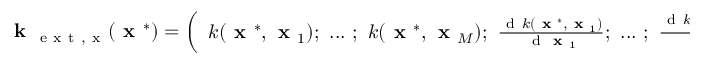
\textbf { k } _ { \mathrm { ~ e ~ x ~ t ~ , ~ x ~ } } ( \textbf { x } ^ { * } ) = \left( \begin{array} { l } { k ( \textbf { x } ^ { * } , \textbf { x } _ { 1 } ) ; ~ . . . ~ ; ~ k ( \textbf { x } ^ { * } , \textbf { x } _ { M } ) ; ~ \frac { \mathrm { ~ d ~ } k ( \textbf { x } ^ { * } , \textbf { x } _ { 1 } ) } { \mathrm { ~ d ~ } \textbf { x } _ { 1 } } ; ~ . . . ~ ; ~ \frac { \mathrm { ~ d ~ } k ( \textbf { x } ^ { * } , \textbf { x } _ { M _ { g } } ) } { \mathrm { ~ d ~ } \textbf { x } _ { M _ { g } } } ; ~ \frac { \mathrm { ~ d ~ } ^ { 2 } k ( \textbf { x } ^ { * } , \textbf { x } _ { 1 } ) } { \mathrm { ~ d ~ } \textbf { x } _ { 1 } ^ { 2 } } ; ~ . . . ~ ; ~ \frac { \mathrm { ~ d ~ } ^ { 2 } k ( \textbf { x } ^ { * } , \textbf { x } _ { M _ { H } } ) } { \mathrm { ~ d ~ } \textbf { x } _ { M _ { H } } ^ { 2 } } } \end{array} \right)